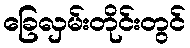
ခြေလှမ်းတိုင်းတွင်